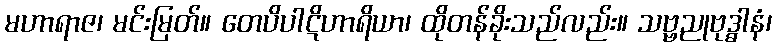
မဟာရာဇ၊ မင်းမြတ်။ တေပိပါဋိဟာရိယာ၊ ထိုတန်ခိုးသည်လည်း။ သဗ္ဗညုဗုဒ္ဓါနံ၊